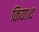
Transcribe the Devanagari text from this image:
किया।द